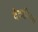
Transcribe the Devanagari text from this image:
देवडीच्या